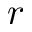
r